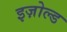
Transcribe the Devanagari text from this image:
इज़ोल्ड